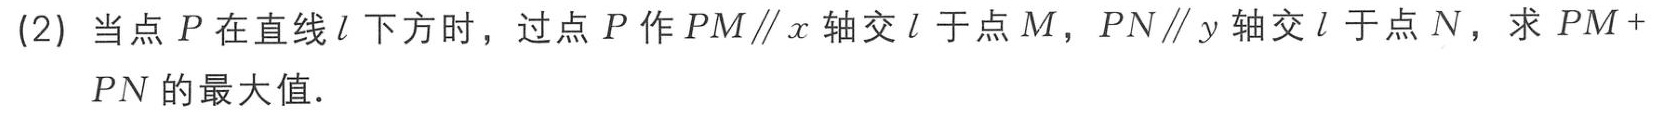
(2) 当点 \(P\) 在直线 \(l\) 下方时，过点 \(P\) 作 \(PM\parallel x\) 轴交 \(l\) 于点 \(M\)，\(PN\parallel y\) 轴交 \(l\) 于点 \(N\)，求 \(PM + PN\) 的最大值．